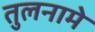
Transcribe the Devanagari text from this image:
तुलनामे